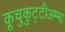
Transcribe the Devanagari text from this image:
कूचुकुट्टीअम्मा